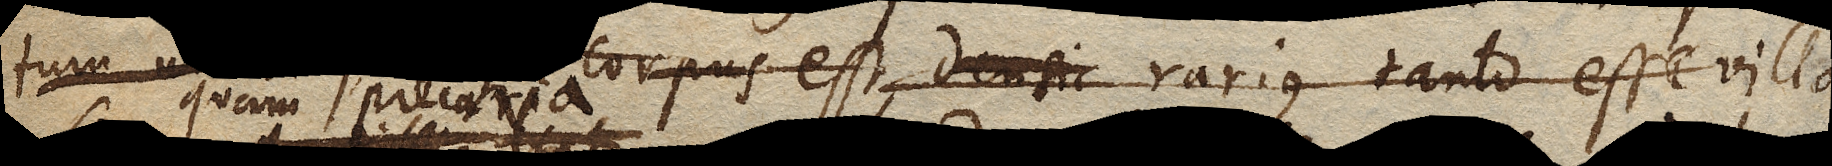
tum unum quodque corpus est, densi rarius tanto esse villo